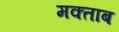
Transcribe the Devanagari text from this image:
मक्ताब